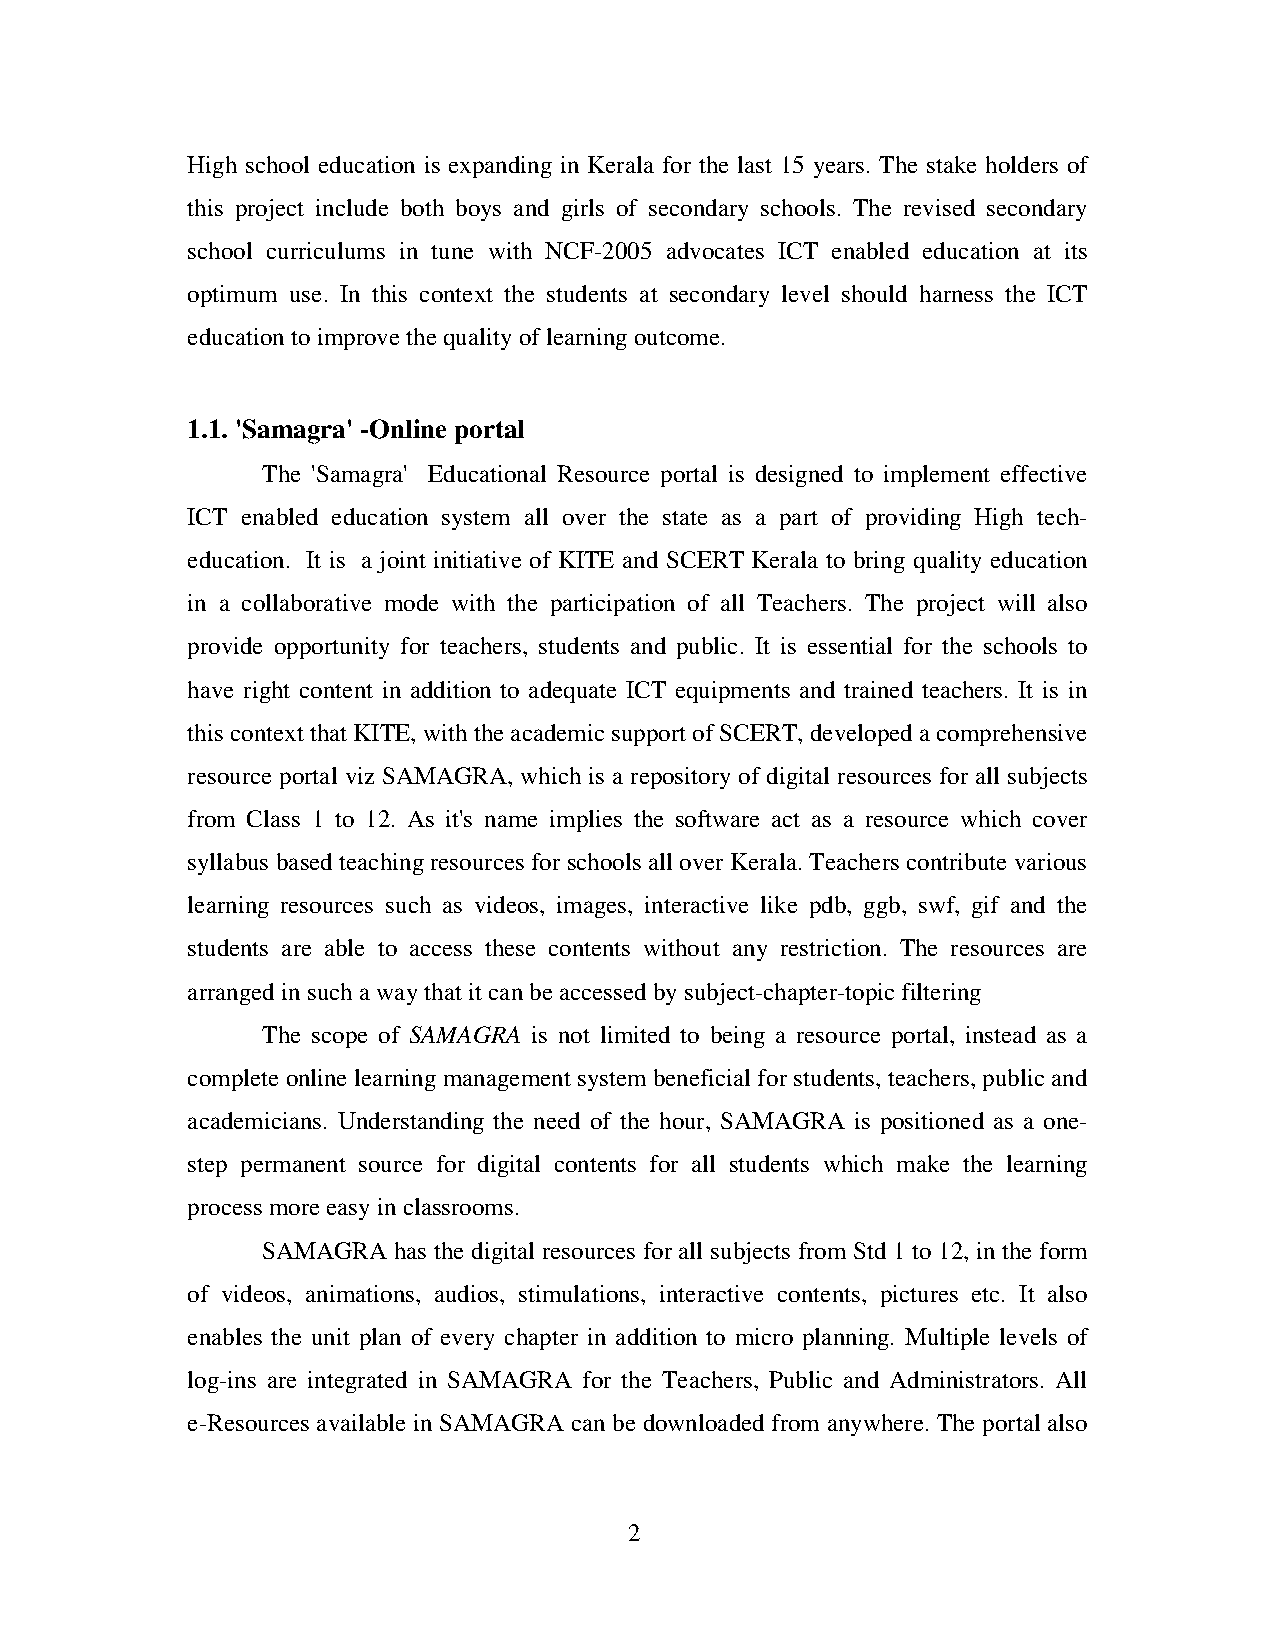
High school education is expanding in Kerala for the last 15 years. The stake holders of
 this project include both boys and girls of secondary schools. The revised secondary
 school curriculums in tune with NCF-2005 advocates ICT enabled education at its
 optimum use. In this context the students at secondary level should harness the ICT
 education to improve the quality of learning outcome.
 1.1. 'Samagra' -Online portal
 The 'Samagra' Educational Resource portal is designed to implement effective
 ICT enabled education system all over the state as a part of providing High tech-
 education. It is a joint initiative of KITE and SCERT Kerala to bring quality education
 in a collaborative mode with the participation of all Teachers. The project will also
 provide opportunity for teachers, students and public. It is essential for the schools to
 have right content in addition to adequate ICT equipments and trained teachers. It is in
 this context that KITE, with the academic support of SCERT, developed a comprehensive
 resource portal viz SAMAGRA, which is a repository of digital resources for all subjects
 from Class 1 to 12. As it's name implies the software act as a resource which cover
 syllabus based teaching resources for schools all over Kerala. Teachers contribute various
 learning resources such as videos, images, interactive like pdb, ggb, swf, gif and the
 students are able to access these contents without any restriction. The resources are
 arranged in such a way that it can be accessed by subject-chapter-topic filtering
 The scope of SAMAGRA is not limited to being a resource portal, instead as a
 complete online learning management system beneficial for students, teachers, public and
 academicians. Understanding the need of the hour, SAMAGRA is positioned as a one-
 step permanent source for digital contents for all students which make the learning
 process more easy in classrooms.
 SAMAGRA  has the digital resources for all subjects from Std 1 to 12, in the form
 of videos, animations, audios, stimulations, interactive contents, pictures etc. It also
 enables the unit plan of every chapter in addition to micro planning. Multiple levels of
 log-ins are integrated in SAMAGRA for the Teachers, Public and Administrators. All
 e-Resources available in SAMAGRA can be downloaded from anywhere. The portal also
 2